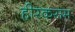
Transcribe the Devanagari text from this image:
हीरकसम